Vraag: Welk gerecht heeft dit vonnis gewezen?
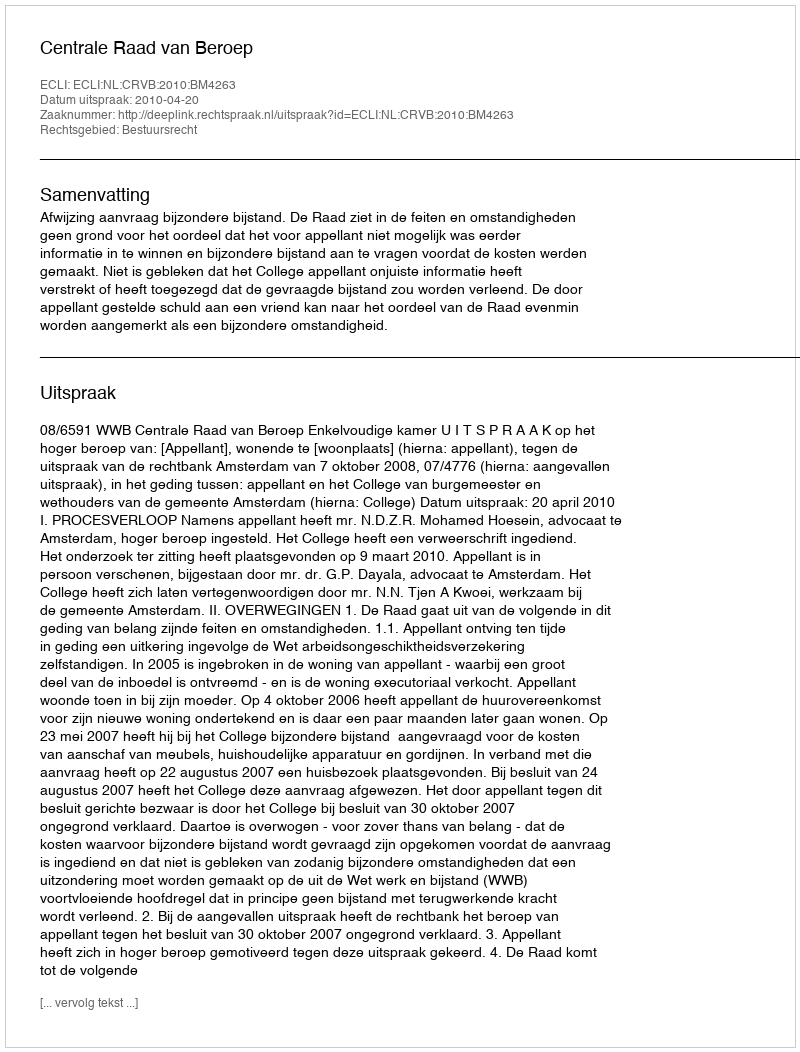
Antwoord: Centrale Raad van Beroep